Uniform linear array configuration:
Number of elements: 64
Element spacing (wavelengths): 1
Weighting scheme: exponential
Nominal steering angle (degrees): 30
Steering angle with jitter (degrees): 30.705
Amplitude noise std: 0.05
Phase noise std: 0.05

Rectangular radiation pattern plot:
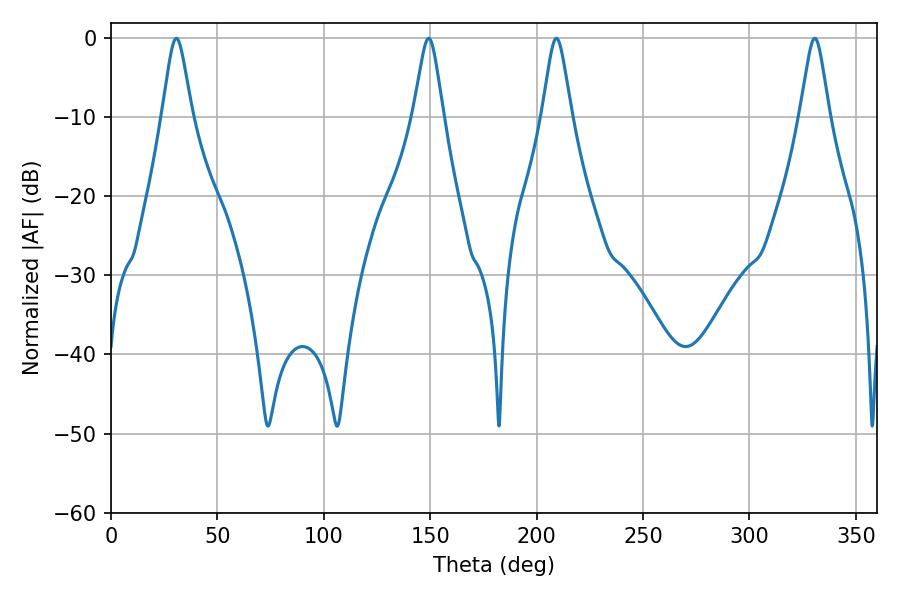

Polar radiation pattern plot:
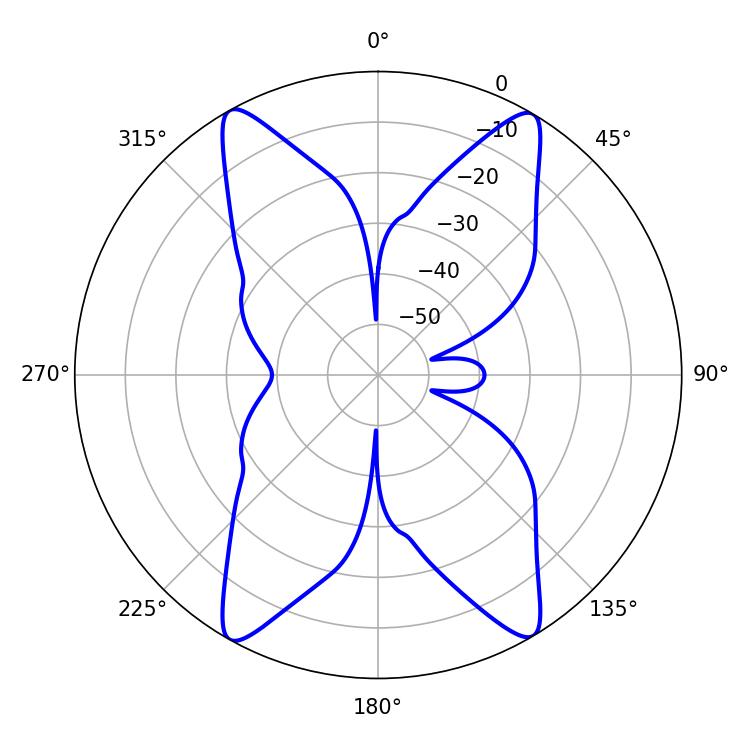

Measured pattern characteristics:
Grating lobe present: TRUE
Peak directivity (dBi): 22.753
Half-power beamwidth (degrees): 6.48
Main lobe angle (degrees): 330.66